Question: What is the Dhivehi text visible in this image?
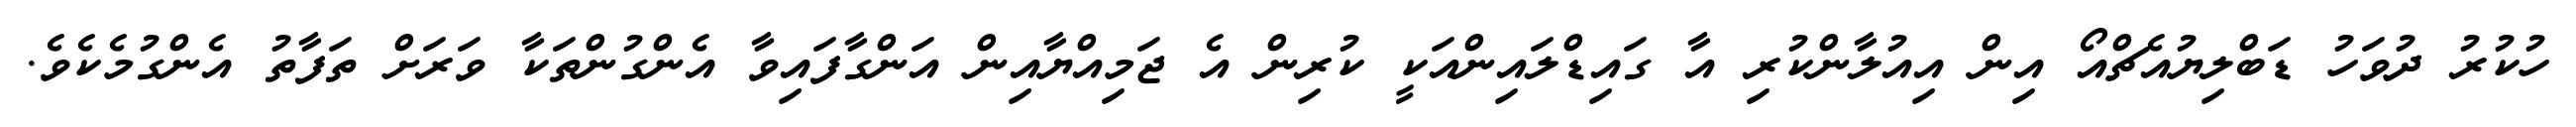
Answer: ހުކުރު ދުވަހު ޑަބްލިޔުއެޗްއޯ އިން އިއުލާންކުރި އާ ގައިޑްލައިންއަކީ ކުރިން އެ ޖަމިއްޔާއިން އަންގާފައިވާ އެންގުންތަކާ ވަރަށް ތަފާތު އެންގުމެކެވެ.